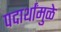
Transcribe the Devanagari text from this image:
पदार्थांमुळे